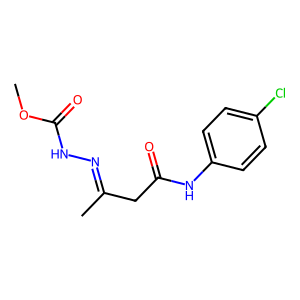
SMILES: COC(=O)NN=C(C)CC(=O)Nc1ccc(Cl)cc1
Inhibits HIV replication: No